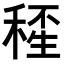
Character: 𥠍